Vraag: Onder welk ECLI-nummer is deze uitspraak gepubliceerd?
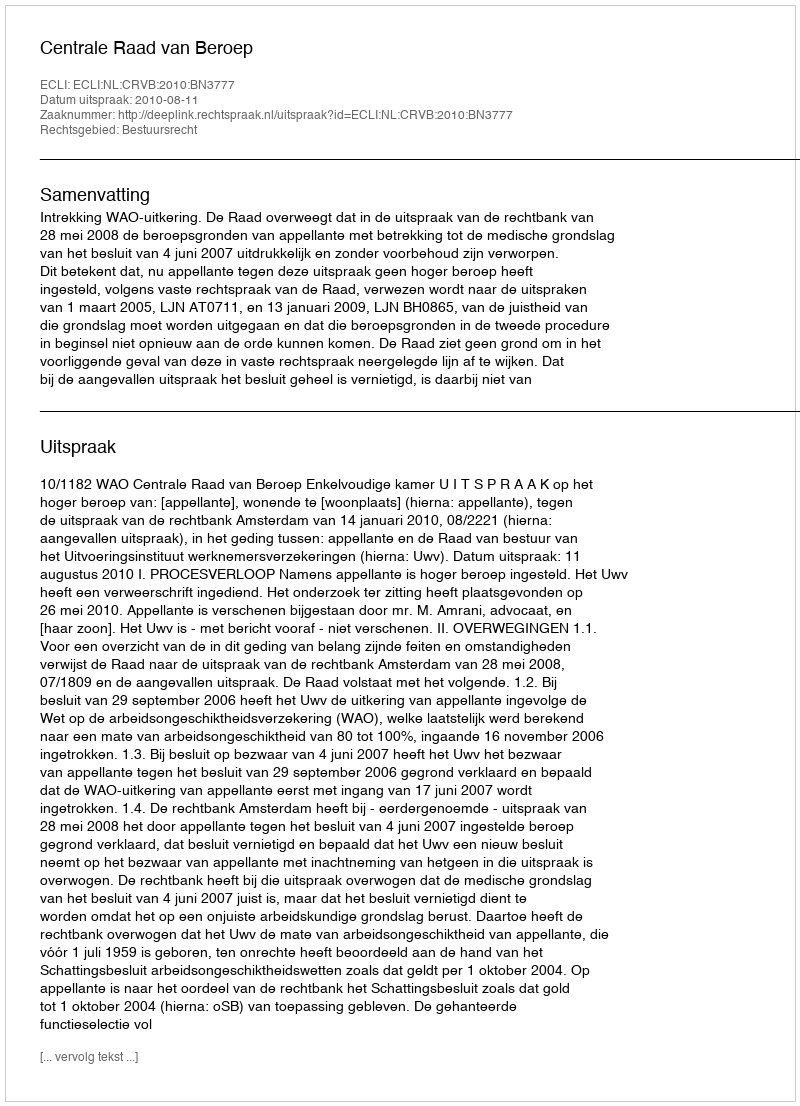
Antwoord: ECLI:NL:CRVB:2010:BN3777